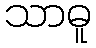
သာဓူ